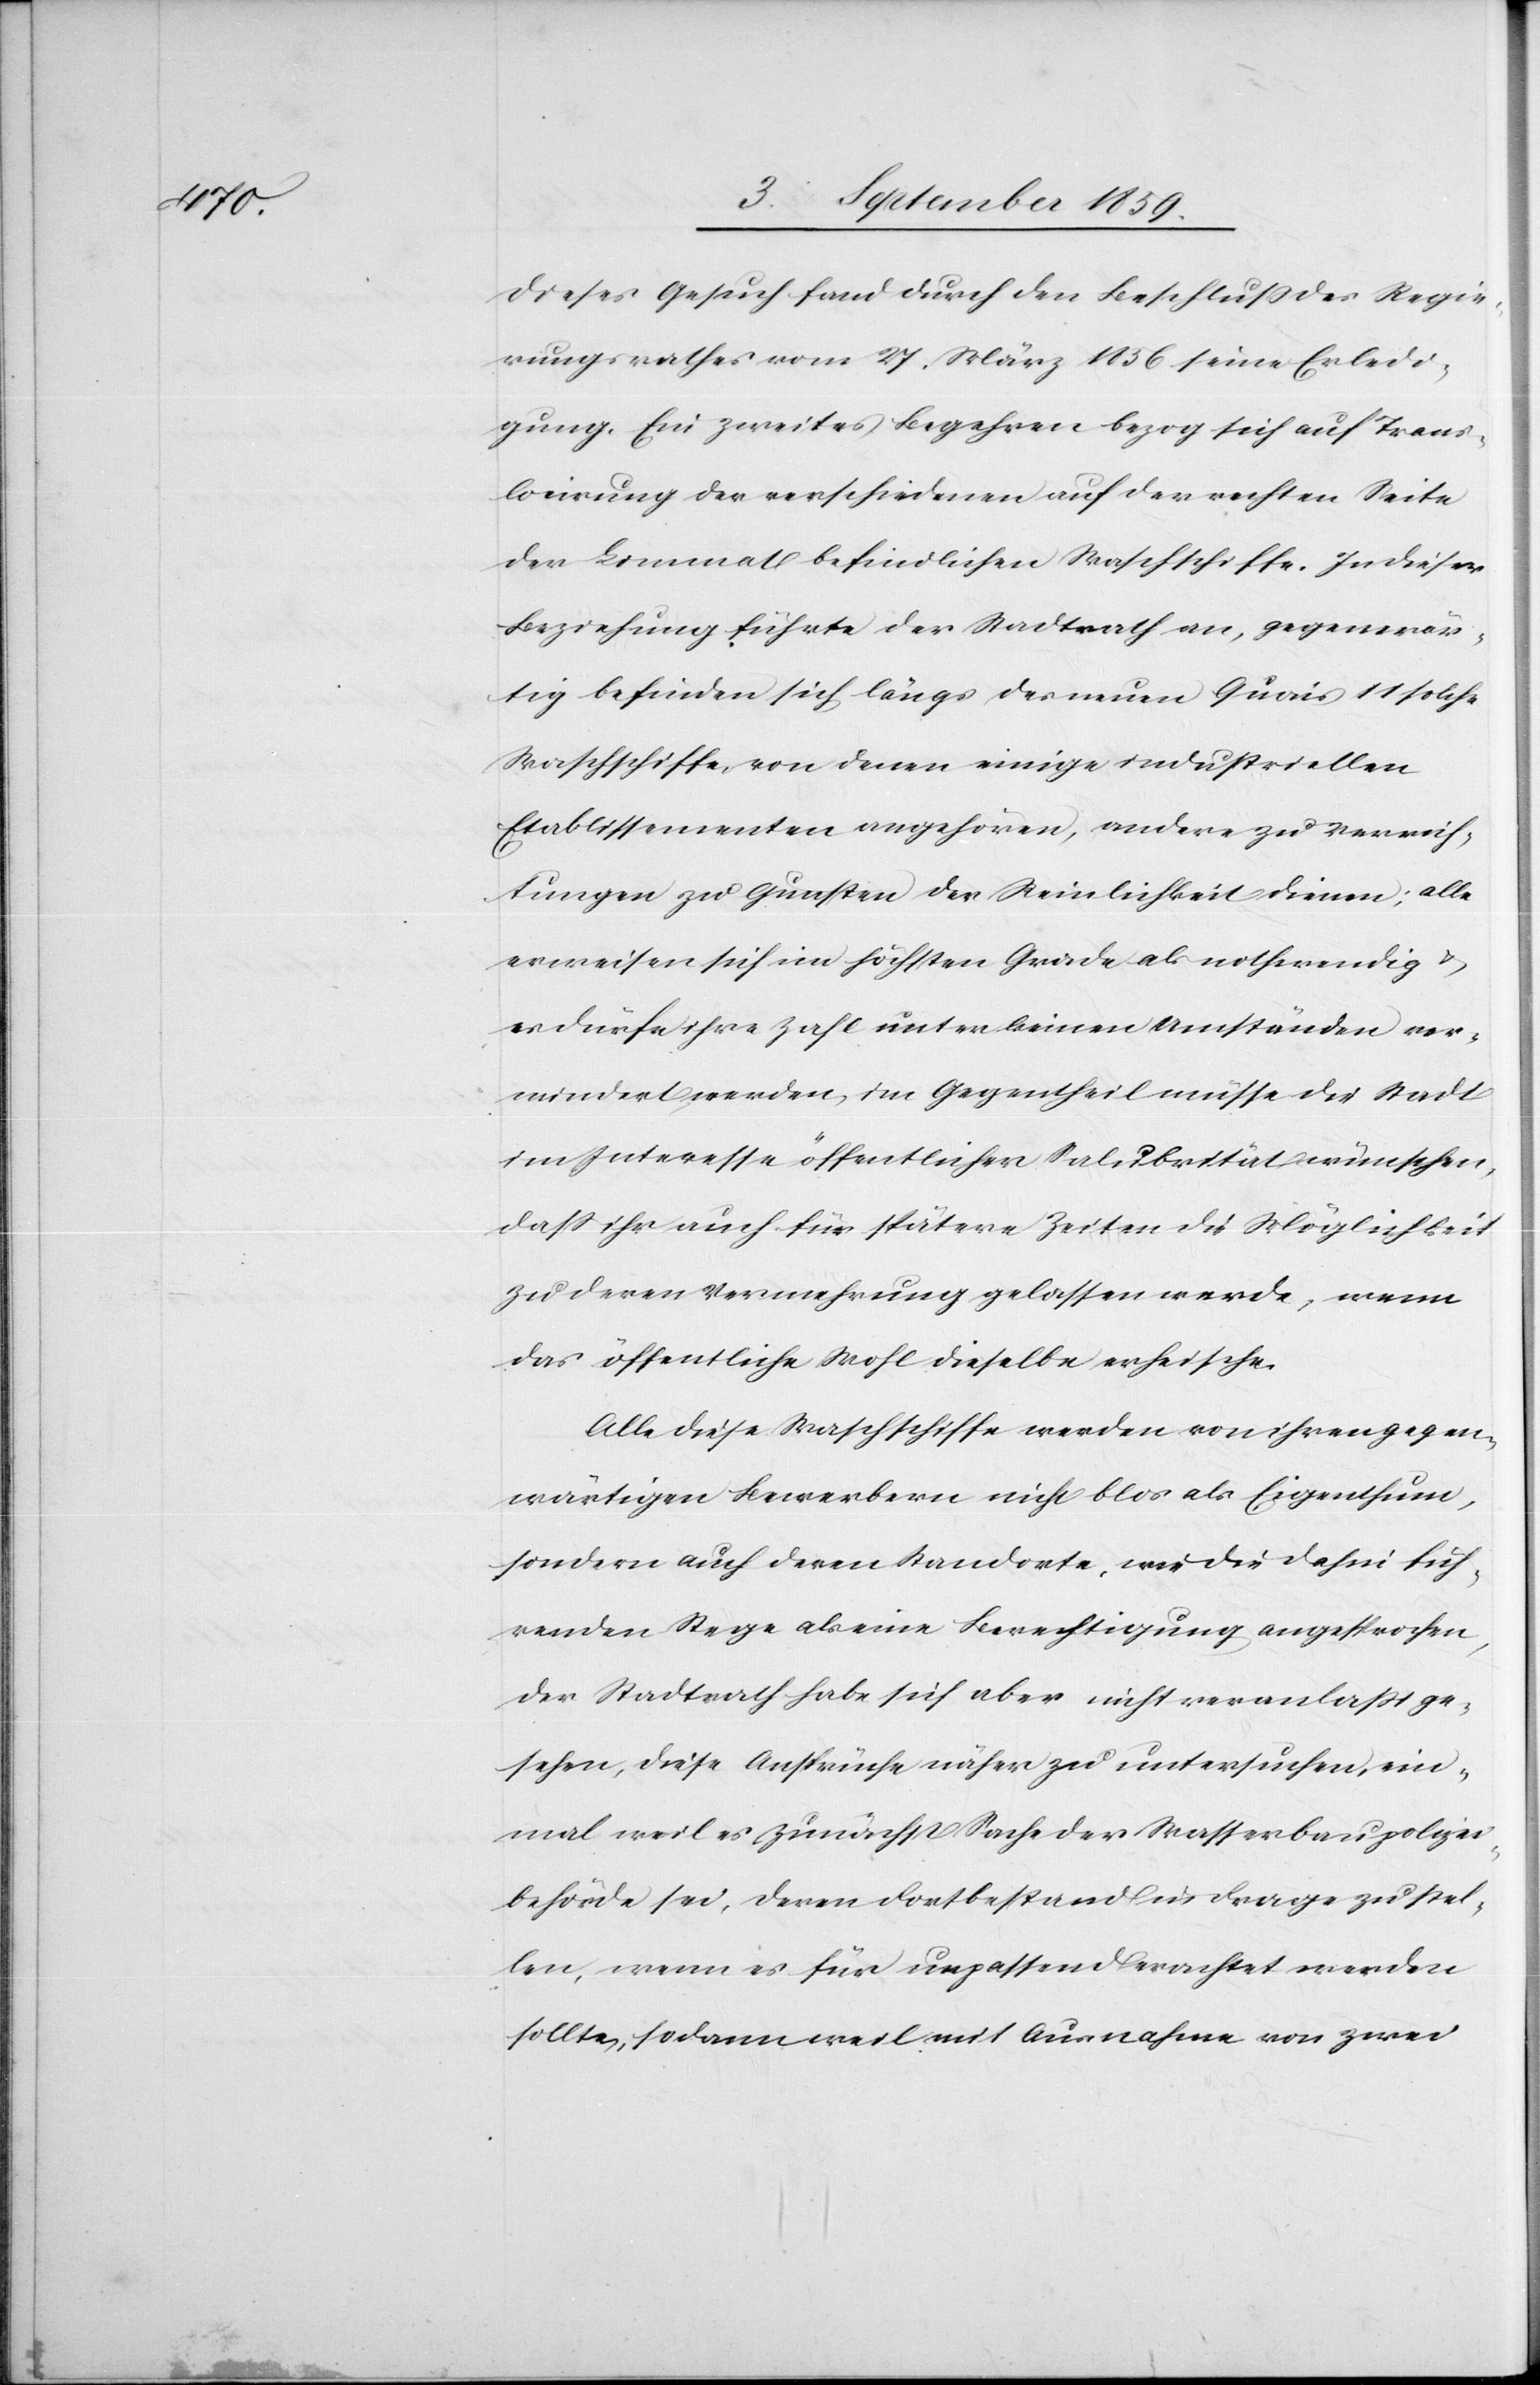
Dieses Gesuch fand durch den Beschluß des Regie¬
rungsrathes vom 27. März 1856 seine Erledi¬
gung. Ein zweites Begehren bezog sich auf Trans¬
locirung der verschiedenen auf der rechten Seite
der Limmat befindlichen Waschschiffe. In dieser
Beziehung führte der Stadtrath an, gegenwär¬
tig befinden sich längs des neuen Quai 11 solche
Waschschiffe, von denen einige industriellen
Etablissementen angehören, andere zu Verrich¬
tungen zu Gunsten der Reinlichkeit dienen; alle
erweisen sich im höchsten Grade als nothwendig &
es dürfe ihre Zahl unter keinen Umständen ver¬
mindert werden, im Gegentheil müsse die Stadt
im Interesse öffentlicher Salubrität wünschen,
daß ihr auch für spätere Zeiten die Möglichkeit
zu deren Vermehrung gelassen werde, wenn
das öffentliche Wohl dieselbe erheische.
Alle diese Waschschiffe werden von ihren gegen¬
wärtigen Bewerbern nicht blos [sic!] als Eigenthum,
sondern auch deren Standorte, wie die dahin fuh¬
renden [sic!] Stege als eine Berechtigung angesprochen,
der Stadtrath habe sich aber nicht veranlaßt ge¬
sehen, diese Ansprüche näher zu untersuchen, ein¬
mal weil es zunächst Sache der Wasserbaupolizei¬
behörde sei, deren Fortbestand in Frage zu stel¬
len, wenn es für unpassend erachtet werden
sollte, sodann weil mit Ausnahme von zwei